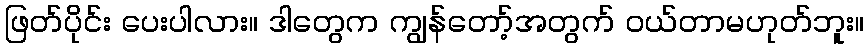
ဖြတ်ပိုင်း ပေးပါလား။ ဒါတွေက ကျွန်တော့်အတွက် ဝယ်တာမဟုတ်ဘူး။